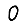
Digit: 0